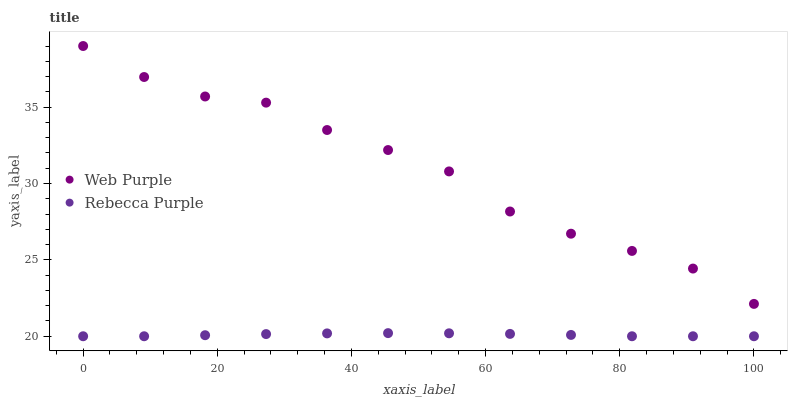
| xaxis_label | Web Purple | Rebecca Purple |
 | --- | --- | --- |
 | 0 | 39 | 20 |
 | 9.09 | 37 | 20 |
 | 18.2 | 35.7 | 20.1 |
 | 27.3 | 35.3 | 20.1 |
 | 36.4 | 33.5 | 20.2 |
 | 45.5 | 32.2 | 20.2 |
 | 54.5 | 30.8 | 20.2 |
 | 63.6 | 28.2 | 20.2 |
 | 72.7 | 26.7 | 20.1 |
 | 81.8 | 25.6 | 20 |
 | 90.9 | 24.4 | 20 |
 | 100 | 22.1 | 20 |